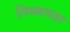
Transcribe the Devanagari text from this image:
निष्कपता